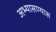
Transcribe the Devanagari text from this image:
अभ्यासण्यास